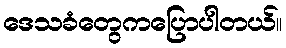
ဒေသခံတွေကပြောပါတယ်။